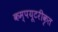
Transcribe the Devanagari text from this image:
कम्‍पयूटरीकृत